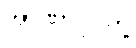
အာဏာပိုင်တို့